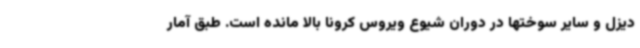
دیزل و سایر سوختها در دوران شیوع ویروس کرونا بالا مانده است. طبق آمار